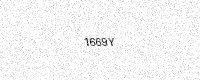
Text: 1669Y